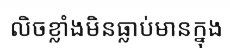
លិចខ្លាំងមិនធ្លាប់មានក្នុង